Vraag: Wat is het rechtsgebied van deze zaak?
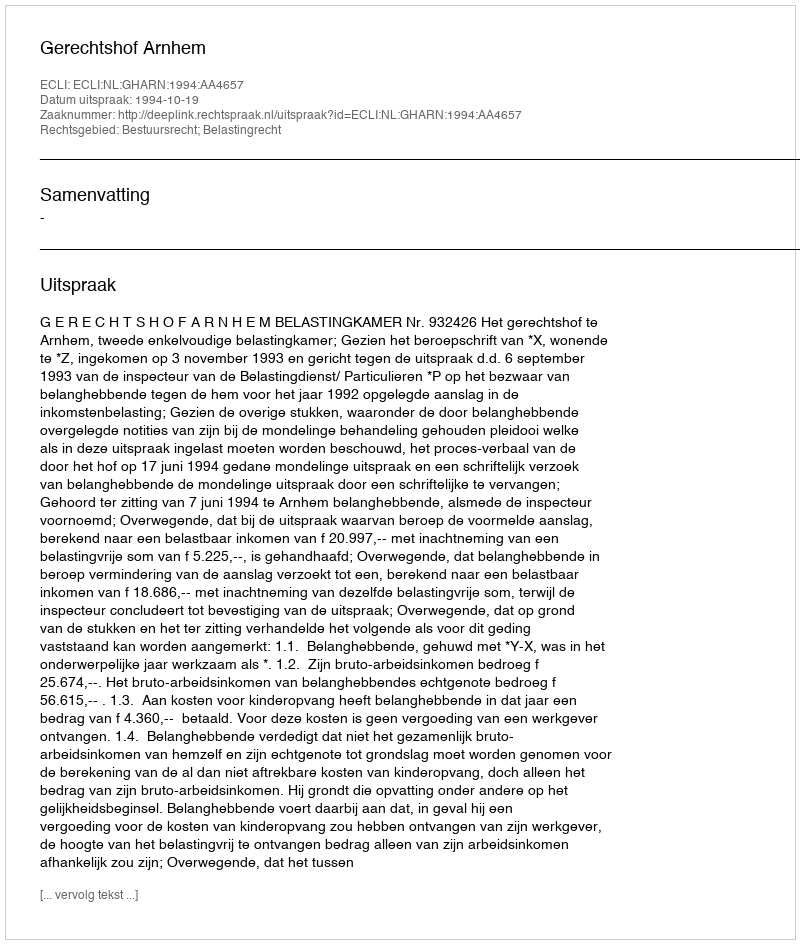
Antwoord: Bestuursrecht; Belastingrecht